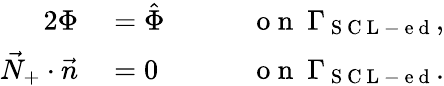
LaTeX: \begin{array}{rlrl}{{2}\Phi}&{{}=\hat{\Phi}\quad}&{}&{{}\mathrm{~o~n~}\ \Gamma_{\mathrm{~S~C~L~-~e~d~}},}\\ {\vec{N}_{+}\cdot\vec{n}}&{{}=0}&{}&{{}\mathrm{~o~n~}\ \Gamma_{\mathrm{~S~C~L~-~e~d~}}.}\end{array}